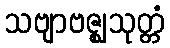
သဗျာဗဇ္ဈသုတ္တံ